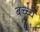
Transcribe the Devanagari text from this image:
बच्च्चे